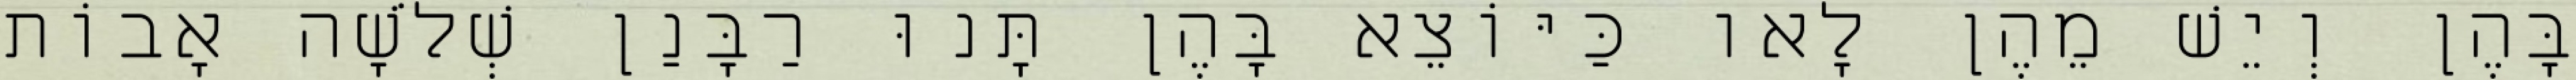
בָּהֶן וְיֵשׁ מֵהֶן לָאו כַּיּוֹצֵא בָּהֶן תָּנוּ רַבָּנַן שְׁלֹשָׁה אָבוֹת